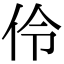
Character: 伶